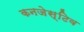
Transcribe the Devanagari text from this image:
कनजेस्टिव